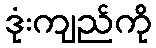
ဒုံးကျည်ကို